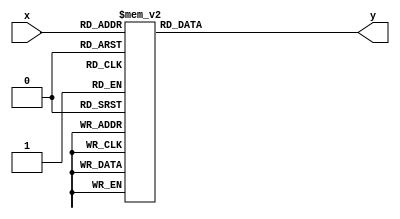
`timescale 1ns / 1ps
//////////////////////////////////////////////////////////////////////////////////
// Company: 
// Engineer: 
// 
// Design Name: 
// Module Name: encoder_4X3
// Project Name: 
// Target Devices: 
// Tool Versions: 
// Description: 
// 
// Dependencies: 
// 
// Revision:
// Revision 0.01 - File Created
// Additional Comments:
// 
//////////////////////////////////////////////////////////////////////////////////

module encoder_4to3(x,y);
input [3:0] x;
output reg[2:0] y;
  
  always @*
  begin
    case (x)
      4'b0000: y = 3'b000;
      4'b0001: y = 3'b001;
      4'b0010: y = 3'b011;
      4'b0011: y = 3'b011;
      4'b0100: y = 3'b101;
      4'b0101: y = 3'b101;
      4'b0110: y = 3'b101;
      4'b0111: y = 3'b101;
      4'b1000: y = 3'b111;
      4'b1001: y = 3'b111;
      4'b1010: y = 3'b111;
      4'b1011: y = 3'b111;
      4'b1100: y = 3'b111;
      4'b1101: y = 3'b111;
      4'b1110: y = 3'b111;
      4'b1111: y = 3'b111;
      default: y = 3'b000;
    endcase
  end
endmodule